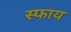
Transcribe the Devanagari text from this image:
स्फाय